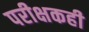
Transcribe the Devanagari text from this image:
परीक्षकही